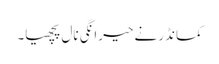
کمانڈر نے حیرانگی نال پچھیا۔